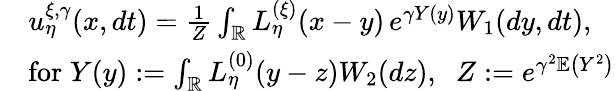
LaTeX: \begin{array}{rl}&{u_{\eta}^{\xi,\gamma}(x,dt)=\frac{1}{Z}\int_{\mathbb R}L_{\eta}^{(\xi)}(x-y)\, e^{\gamma Y(y)}W_{1}(dy,dt),}\\ &{\mathrm{for}\; Y(y):=\int_{\mathbb R}L_{\eta}^{(0)}(y-z)W_{2}(dz),\; \; Z:=e^{\gamma^{2}\mathbb E\left({Y^{2}}\right)}}\end{array}